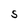
Character: S